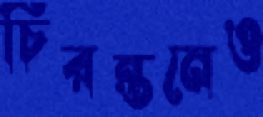
চিরন্তনেও